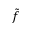
\tilde { f }